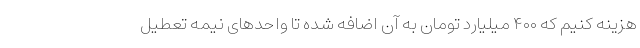
هزینه کنیم که ۴۰۰ میلیارد تومان به آن اضافه شده تا واحدهای نیمه تعطیل